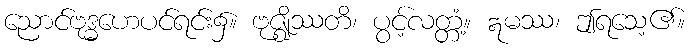
ညောင်ဗုဒ္ဓဟေပင်ရင်း၌။ ဗုဇ္ဈိဿတိ၊ ပွင့်လတ္တံ့။ ဣမဿ၊ ဤရသေ့၏။